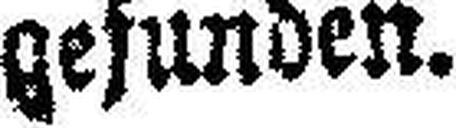
gesunden.